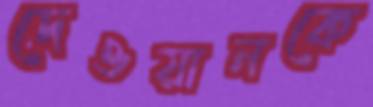
দেওয়ানকে